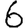
Digit: 6